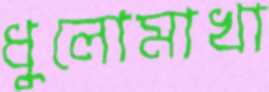
ধুলোমাখা